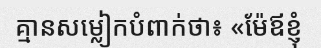
គ្មានសម្លៀកបំពាក់ថា៖ «ម៉ែឪខ្ញុំ